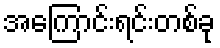
အကြောင်းရင်းတစ်ခု